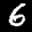
Label: 6